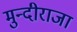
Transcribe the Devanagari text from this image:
मुन्दीराजा